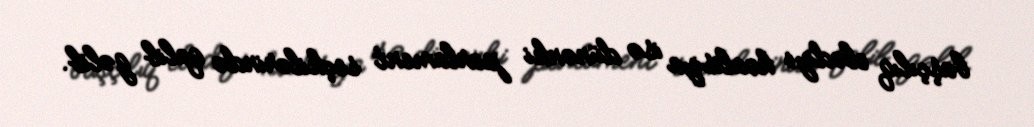
başçılıq elədiyi koalisiya isə dünənki parlament seçkilərində qalib gəlib.